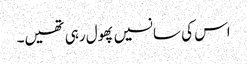
اس کی سانسیں پھول رہی تھیں۔